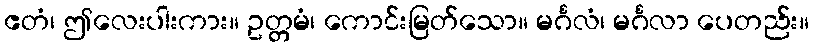
ဧတံ၊ ဤလေးပါးကား။ ဥတ္တမံ၊ ကောင်းမြတ်သော။ မင်္ဂလံ၊ မင်္ဂလာ ပေတည်း။